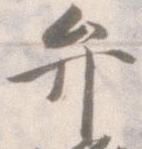
弁